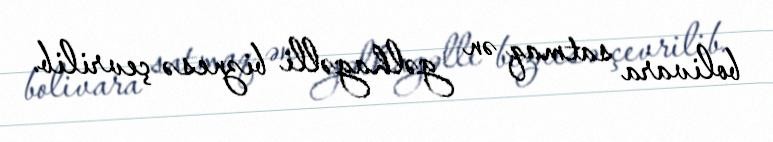
bolivara satmaq ən gəlhagəlli biznesə çevrilib.